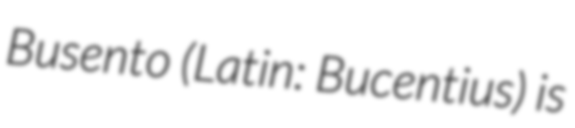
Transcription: Busento (Latin: Bucentius) is